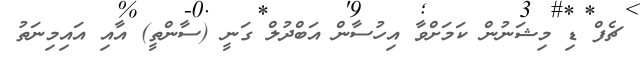
ޗެފް ޑި މިޝަނުން ކަމަށްވާ އިހުސާން އަބްދުލް ގަނީ (ސާންތީ) އާއި އައިމިނަތު